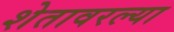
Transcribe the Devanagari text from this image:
शेतावरल्या